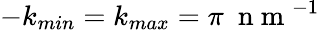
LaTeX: -k_{min}=k_{max}=\pi~\mathrm{~n~m~}^{-1}